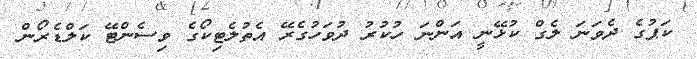
ކަޕުގެ ދެވަަނަ ލެގް ކުޅޭނީ އަންނަ ހުކުރު ދުވަހުގެރޭ އެތުލެޓިކޯގެ ވިސެންޓޭ ކަލްޑެރޯން